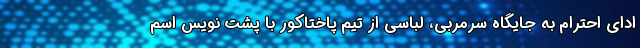
ادای احترام به جایگاه سرمربی، لباسی از تیم پاختاکور با پشت نویس اسم